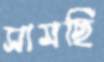
সামছি